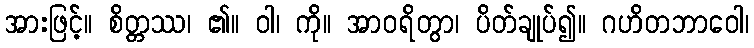
အားဖြင့်။ စိတ္တဿ၊ ၏။ ဝါ၊ ကို။ အာဝရိတွာ၊ ပိတ်ချုပ်၍။ ဂဟိတဘာဝေါ၊